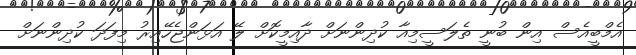
އެމްބީއެސް އިން ބުނީ ތެލަސީމިއާ ކުދިންނަށް ދާއިމީކޮށް ލޭ އަޅަންޖެހޭއިރު މިފަދަ ކުދިންނަށް